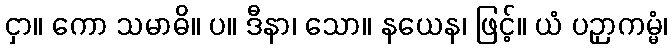
ငှာ။ ကော သမာဓိ။ ပ။ ဒီနာ၊ သော။ နယေန၊ ဖြင့်။ ယံ ပဉှာကမ္မံ၊